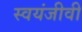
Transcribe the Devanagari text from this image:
स्वयंजीवी